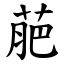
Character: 萉